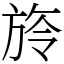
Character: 旍